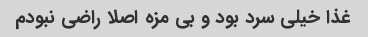
غذا خیلی سرد بود و بی مزه اصلا راضی نبودم